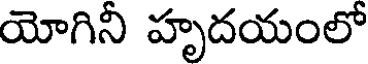
యోగిని హృదయంలో